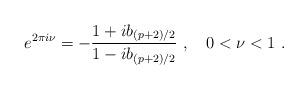
LaTeX: \begin{align*}e^{2\pi i \nu}=-\frac{1+ib_{(p+2)/2}}{1-ib_{(p+2)/2}}~,\quad 0<\nu<1~.\end{align*}